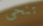
تنحى